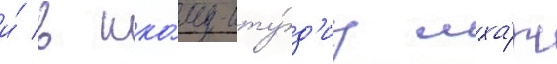
и́ в шко́лу-сту́д'иу мха́т